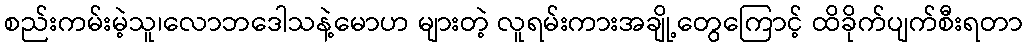
စည်းကမ်းမဲ့သူ၊လောဘဒေါသနဲ့မောဟ များတဲ့ လူရမ်းကားအချို့တွေကြောင့် ထိခိုက်ပျက်စီးရတာ